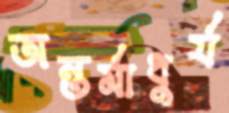
অন্তর্মাধুর্য